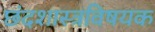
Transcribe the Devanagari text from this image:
छंदशास्त्रविषयक